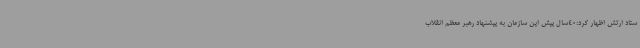
ستاد ارتش اظهار کرد:40سال پیش این سازمان به پیشنهاد رهبر معظم انقلاب